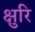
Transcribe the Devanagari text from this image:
क्षुरि